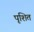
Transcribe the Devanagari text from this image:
पृशित